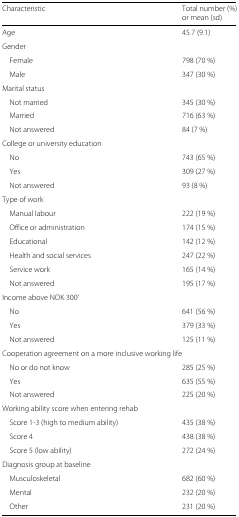
<table><thead><tr><td><b>Characteristic</b></td><td><b>Total number (%)</b></td></tr><tr><td></td><td><b>or mean (sd)</b></td></tr></thead><tbody><tr><td>Age</td><td>45.7 (9.1)</td></tr><tr><td>Gender</td><td></td></tr><tr><td>Female</td><td>798 (70 %)</td></tr><tr><td>Male</td><td>347 (30 %)</td></tr><tr><td>Marital status</td><td></td></tr><tr><td>Not married</td><td>345 (30 %)</td></tr><tr><td>Married</td><td>716 (63 %)</td></tr><tr><td>Not answered</td><td>84 (7 %)</td></tr><tr><td>College or university education</td><td></td></tr><tr><td>No</td><td>743 (65 %)</td></tr><tr><td>Yes</td><td>309 (27 %)</td></tr><tr><td>Not answered</td><td>93 (8 %)</td></tr><tr><td>Type of work</td><td></td></tr><tr><td>Manual labour</td><td>222 (19 %)</td></tr><tr><td>Office or administration</td><td>174 (15 %)</td></tr><tr><td>Educational</td><td>142 (12 %)</td></tr><tr><td>Health and social services</td><td>247 (22 %)</td></tr><tr><td>Service work</td><td>165 (14 %)</td></tr><tr><td>Not answered</td><td>195 (17 %)</td></tr><tr><td>Income above NOK 300’</td><td></td></tr><tr><td>No</td><td>641 (56 %)</td></tr><tr><td>Yes</td><td>379 (33 %)</td></tr><tr><td>Not answered</td><td>125 (11 %)</td></tr><tr><td>Cooperation agreement on a more inclusive working life</td><td></td></tr><tr><td>No or do not know</td><td>285 (25 %)</td></tr><tr><td>Yes</td><td>635 (55 %)</td></tr><tr><td>Not answered</td><td>225 (20 %)</td></tr><tr><td>Working ability score when entering rehab</td><td></td></tr><tr><td>Score 1-3 (high to medium ability)</td><td>435 (38 %)</td></tr><tr><td>Score 4</td><td>438 (38 %)</td></tr><tr><td>Score 5 (low ability)</td><td>272 (24 %)</td></tr><tr><td>Diagnosis group at baseline</td><td></td></tr><tr><td>Musculoskeletal</td><td>682 (60 %)</td></tr><tr><td>Mental</td><td>232 (20 %)</td></tr><tr><td>Other</td><td>231 (20 %)</td></tr></tbody></table>